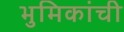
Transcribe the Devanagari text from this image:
भुमिकांची